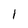
Character: 1